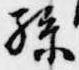
孫